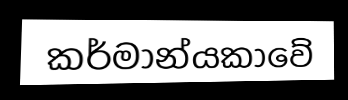
කර්මාන්යකාවේ